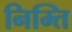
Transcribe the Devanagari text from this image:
निम्ति